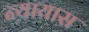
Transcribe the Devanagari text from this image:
न्यायास